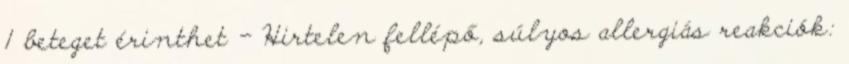
1 beteget érinthet - Hirtelen fellépő, súlyos allergiás reakciók: